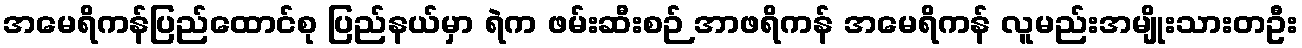
အမေရိကန်ပြည်ထောင်စု ပြည်နယ်မှာ ရဲက ဖမ်းဆီးစဉ် အာဖရိကန် အမေရိကန် လူမည်းအမျိုးသားတဦး